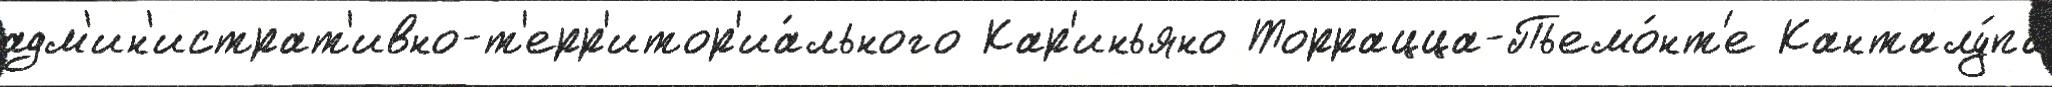
адм'ин'истрат'ивно-т'ерр'итор'иа́льного Кар'иньяно Торрацца-Пьемо́нт'е Канталу́па